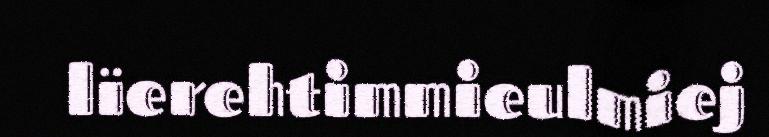
lïerehtimmieulmiej